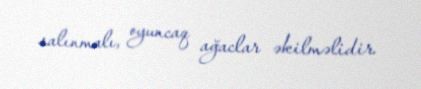
salınmalı, oyuncaq ağaclar əkilməlidir.